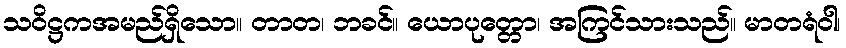
သဝိဋ္ဌကအမည်ရှိသော။ တာတ၊ ဘခင်။ ယောပုတ္တော၊ အကြင်သားသည်။ မာတရံဝါ၊